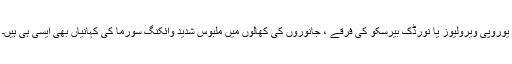
یوروپی ویرولیوز یا نورڈک بیرسکو کی فرقے ، جانوروں کی کھالوں میں ملبوس شدید وائکنگ سورما کی کہانیاں بھی ایسی ہی ہیں۔